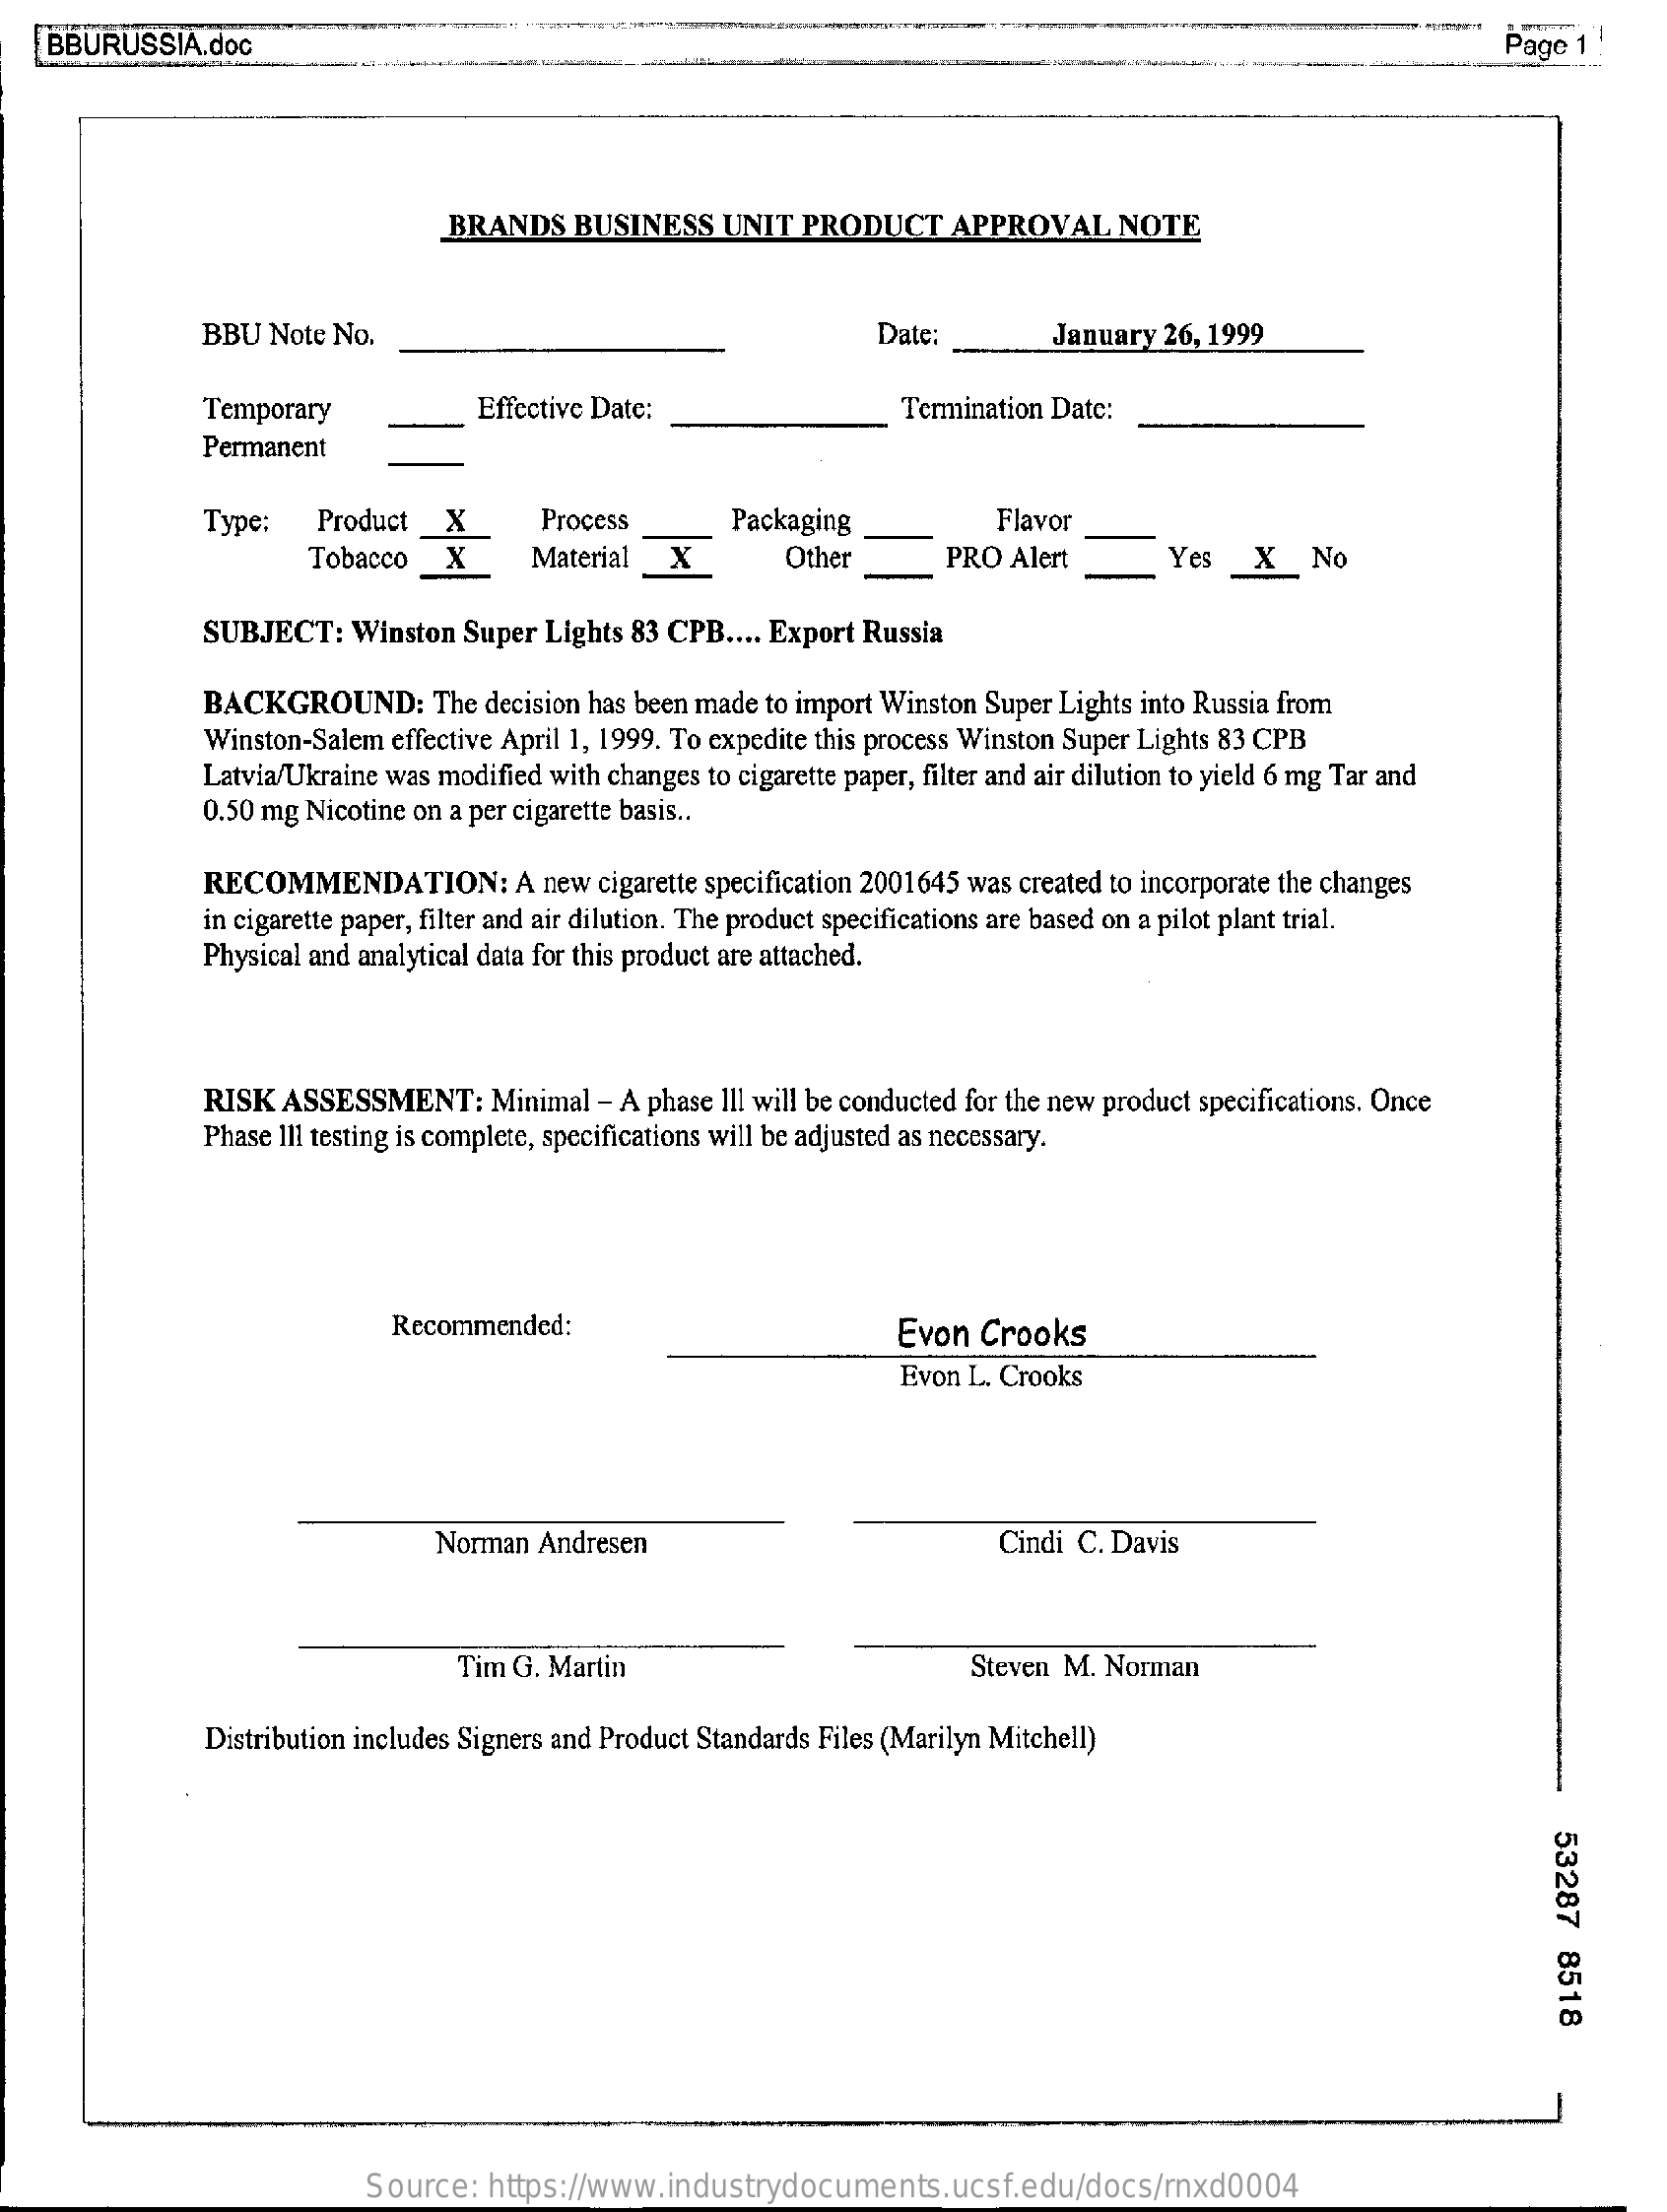
BBURUSSIA.doc    Page  1 1
     BRANDS    BUSINESS    UNIT  PRODUCT    APPROVAL    NOTE
     BBU  Note No.    Date:    January 26, 1999
     Temporary    Effective Date:    Termination Date:
     Permanent
     Type:    Product _X    Process    Packaging    Flavor
     Tobacco _X    Material_X    Other    PRO  Alert    Yes _X_No
     SUBJECT:    Winston Super  Lights 83 CPB .... Export Russia
     BACKGROUND:    The decision has been made to import Winston Super Lights into Russia from
     Winston-Salem effective April 1, 1999. To expedite this process Winston Super Lights 83 CPB
     Latvia/Ukraine was modified with changes to cigarette paper, filter and air dilution to yield 6 mg Tar and
     0.50 mg Nicotine on a per cigarette basis ..
     RECOMMENDATION:    A  new cigarette specification 2001645 was created to incorporate the changes
     in cigarette paper, filter and air dilution. The product specifications are based on a pilot plant trial.
     Physical and analytical data for this product are attached.
     RISK  ASSESSMENT:    Minimal  - A phase Ill will be conducted for the new product specifications. Once
     Phase III testing is complete, specifications will be adjusted as necessary.
     Recommended:    Evon  Crooks
     Evon L. Crooks
     Norman Andresen    Cindi C. Davis
     Tim G. Martin    Steven M. Norman
     Distribution includes Signers and Product Standards Files (Marilyn Mitchell)
     53287
     8518
     Source:   https://www.industrydocuments.ucsf.edu/docs/rnxd0004